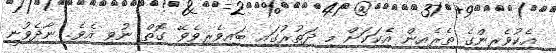
އެކުވެރިންގެ ތެރެއިން އެކަކަށް މި ދަތުރުގައި ބައިވެރިވެވޭ ގޮތް ނުވި އެވެ. ނާދެވުނީ